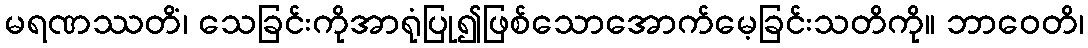
မရဏဿတိံ၊ သေခြင်းကိုအာရုံပြု၍ဖြစ်သောအောက်မေ့ခြင်းသတိကို။ ဘာဝေတိ၊